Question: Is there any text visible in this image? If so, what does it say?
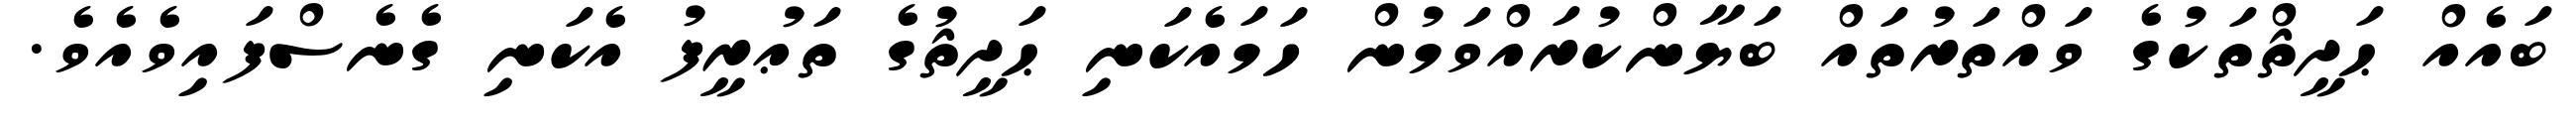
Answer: ބައެއް ޙަދީޘްތަކުގެ ވައްތަރުތައް ބަޔާންކުރައްވަމުން ހަމައެކަނި ޙަދީޘުގެ ތަޢުރީފު އެކަނި ގެނެސްފައިވެއެވެ.